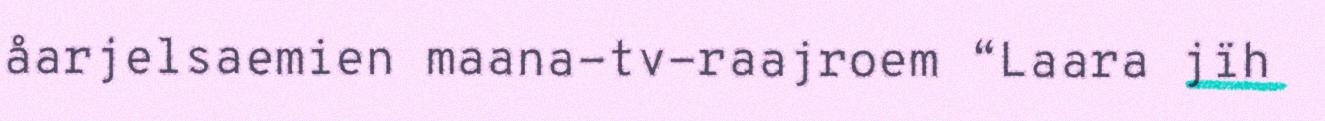
åarjelsaemien maana-tv-raajroem “Laara jïh